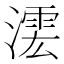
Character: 𣾲